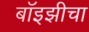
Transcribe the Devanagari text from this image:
बॉइझीचा